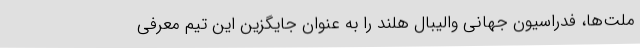
ملت‌ها، فدراسیون جهانی والیبال هلند را به عنوان جایگزین این تیم معرفی